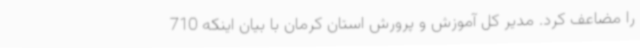
را مضاعف کرد. مدیر کل آموزش و پرورش استان کرمان با بیان اینکه 710